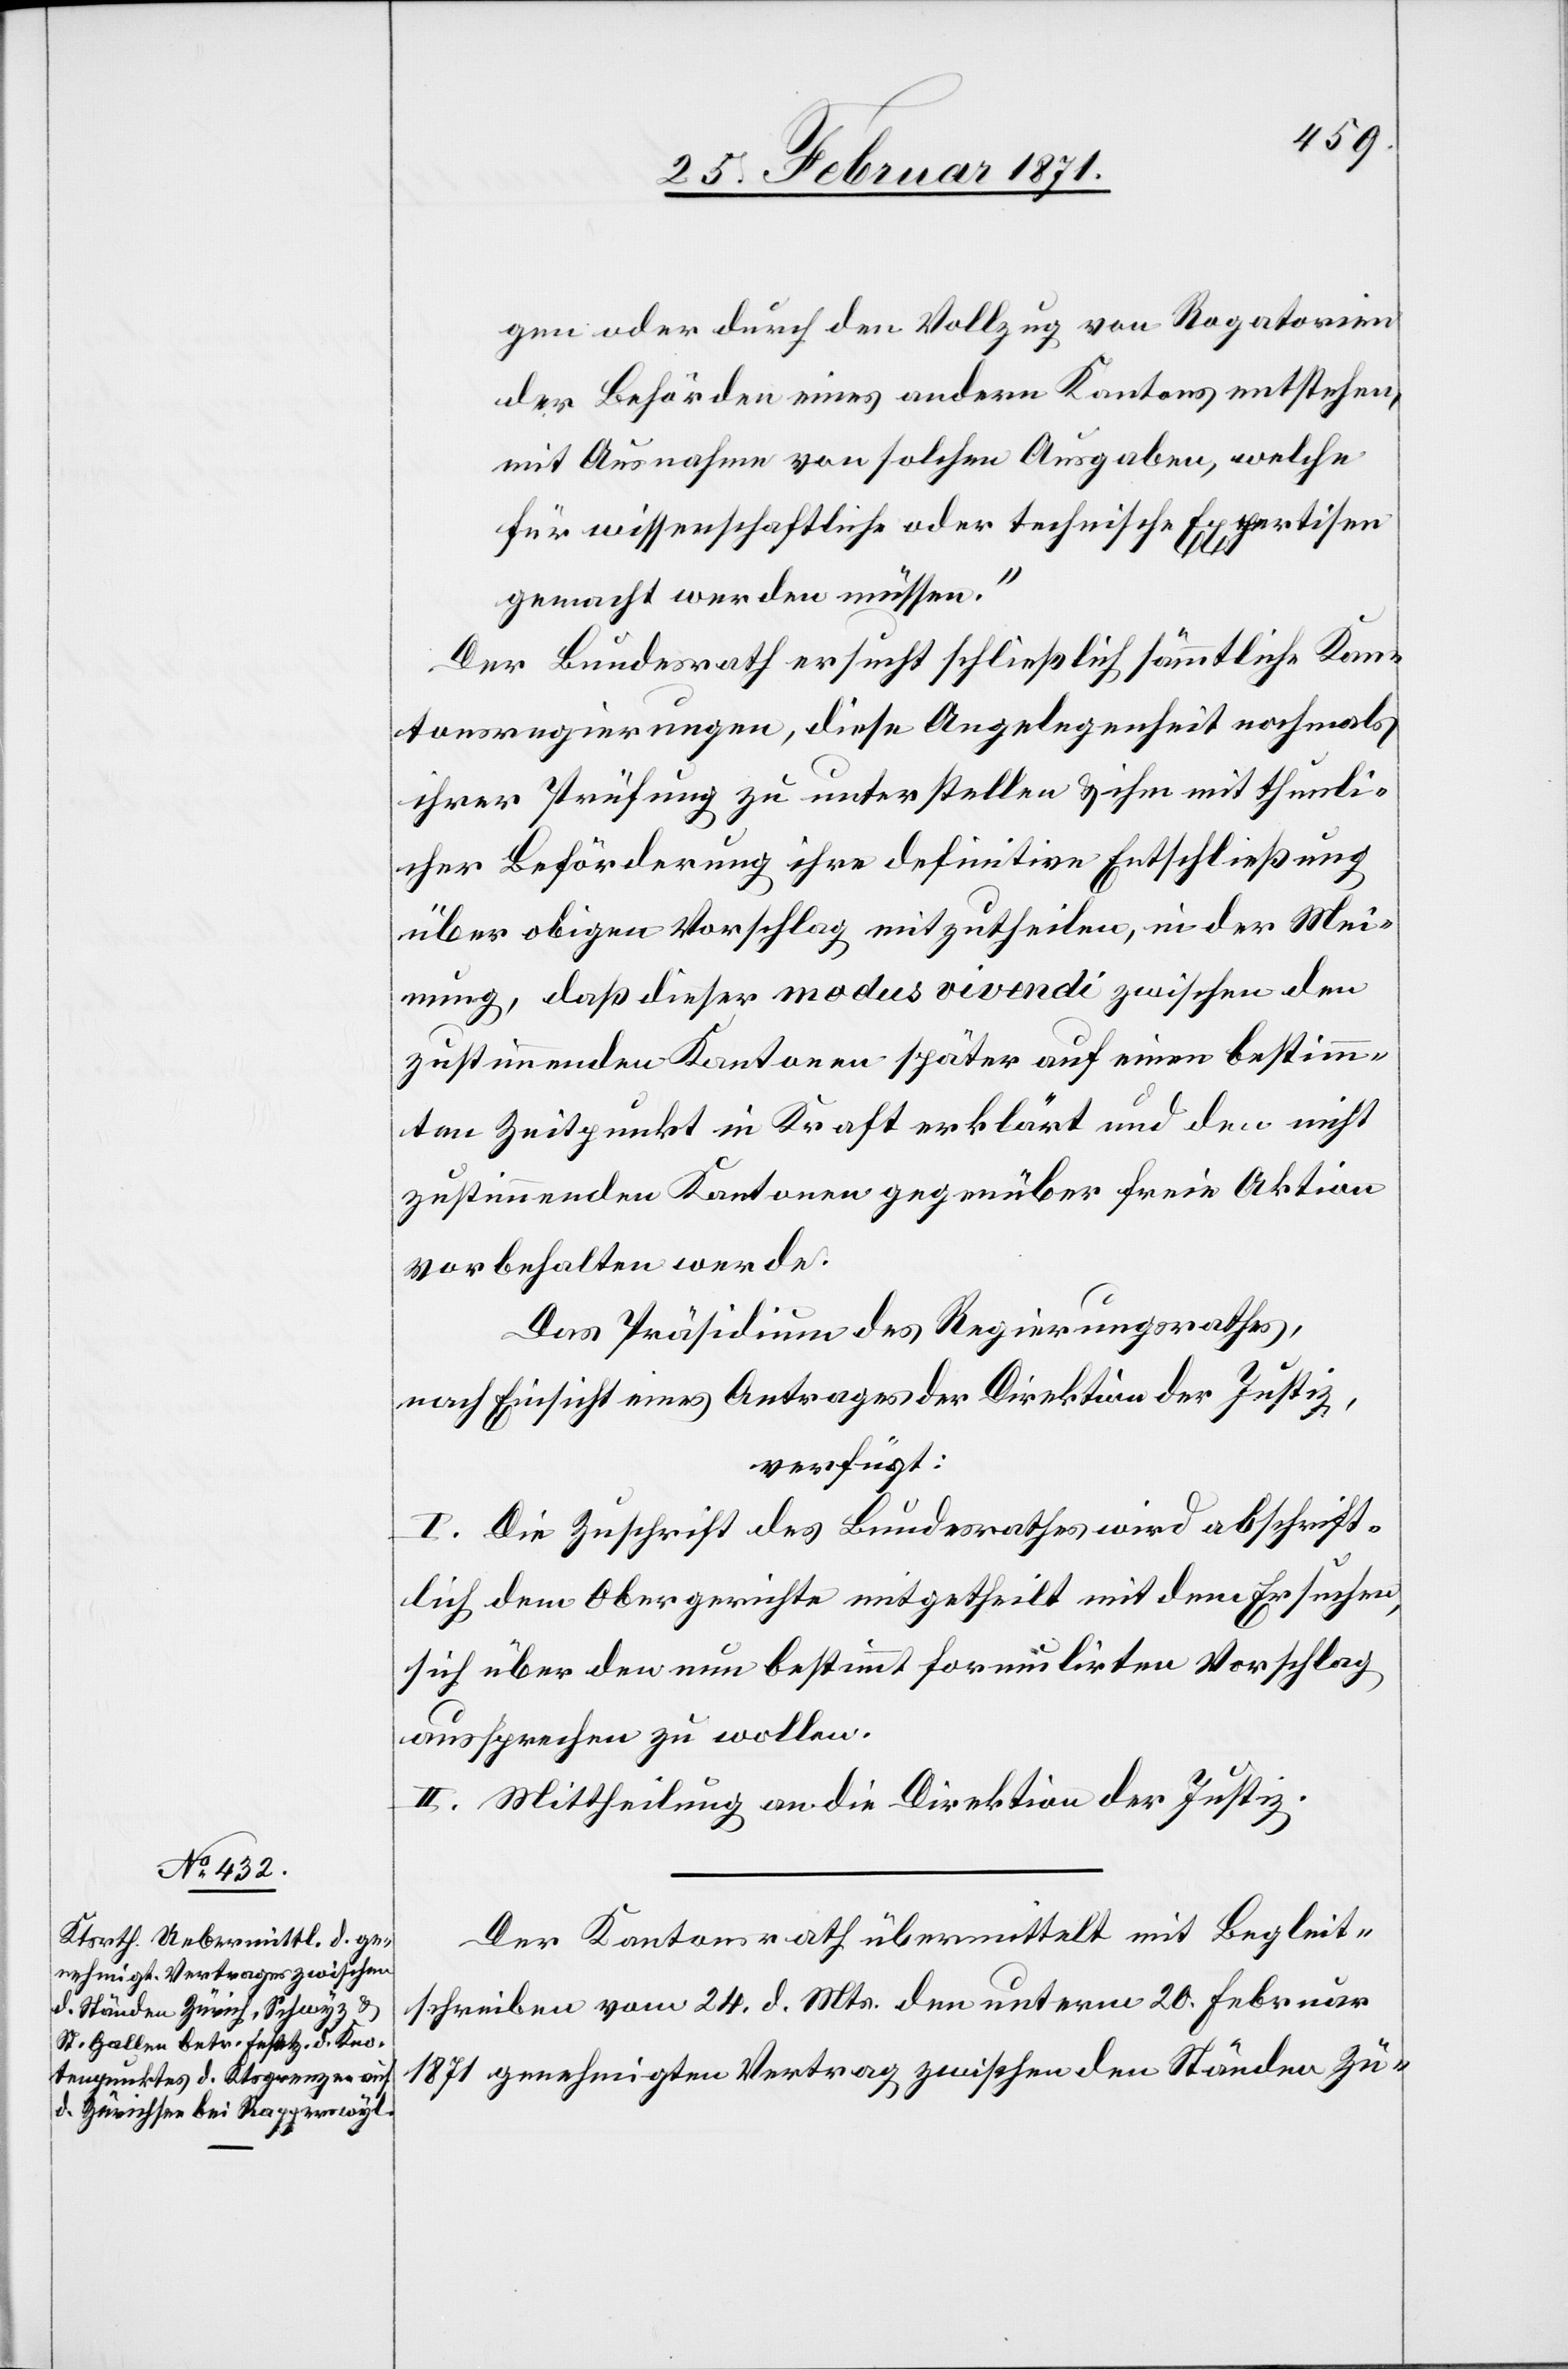
27. Februar 1871.]
gen durch den Vollzug von Rogatorien
der Behörden eines andern Kantons entstehen,
mit Ausnahme von solchen Ausgaben, welche
für wissenschaftliche oder technische Expertisen
gemacht werden müssen.“
Der Bundesrath ersucht schließlich sämmtliche Kan¬
tonsregierungen, diese Angelegenheit nochmals
ihrer Prüfung zu unterstellen u. ihm mit thunli¬
cher Beförderung ihre definitive Entschließung
über obigen Vorschlag mitzutheilen, in der Mei¬
nung, daß dieser modus vivendi zwischen den
zustimmenden Kantonen später auf einen bestimm¬
ten Zeitpunkt in Kraft erklärt und den nicht
zustimmenden Kantonen gegenüber freie Aktion
vorbehalten werde.
Das Präsidium des Regierungsrathes,
nach Einsicht eines Antrages der Direktion der Justiz,
verfügt:
I. Die Zuschrift des Bundesrathes wird abschrift¬
lich dem Obergerichte mitgetheilt mit dem Ersuchen,
sich über den nun bestimmt formulirten Vorschlag
aussprechen zu wollen.
II. Mittheilung an die Direktion der Justiz.
Der Kantonsrath übermittelt mit Begleit¬
schreiben vom 24. d. Mts. den unterm 20. Februar
1871 genehmigten Vertrag zwischen den Ständen Zü-